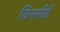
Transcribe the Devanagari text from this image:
विनसीई